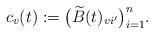
LaTeX: \begin{align*} c_{v}(t):=\bigl(\widetilde{B}(t)_{vi'}\bigr)_{i=1}^{n}. \end{align*}